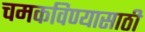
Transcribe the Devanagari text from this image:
चमकविण्यासाठी